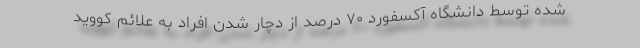
شده توسط دانشگاه آکسفورد ۷۰ درصد از دچار شدن افراد به علائم کووید